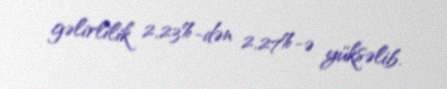
gəlirlilik 2,23%-dən 2,27%-ə yüksəlib.